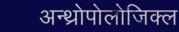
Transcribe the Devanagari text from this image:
अन्थ्रोपोलोजिक्ल